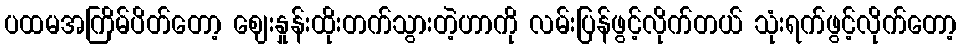
ပထမအကြိမ်ပိတ်တော့ ဈေးနှုန်းထိုးတက်သွားတဲ့ဟာကို လမ်းပြန်ဖွင့်လိုက်တယ် သုံးရက်ဖွင့်လိုက်တော့